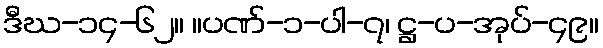
ဒီဃ-၁၄-၆၂။ ။ပဏ်-၁-ပါ-၇၊ ဋ္ဌ-ပ-အုပ်-၄၉။